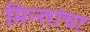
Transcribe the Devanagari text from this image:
मिन्तांचा